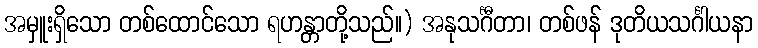
အမှူးရှိသော တစ်ထောင်သော ရဟန္တာတို့သည်။) အနုသင်္ဂီတာ၊ တစ်ဖန် ဒုတိယသင်္ဂါယနာ